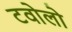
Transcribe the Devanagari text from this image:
टवोलो